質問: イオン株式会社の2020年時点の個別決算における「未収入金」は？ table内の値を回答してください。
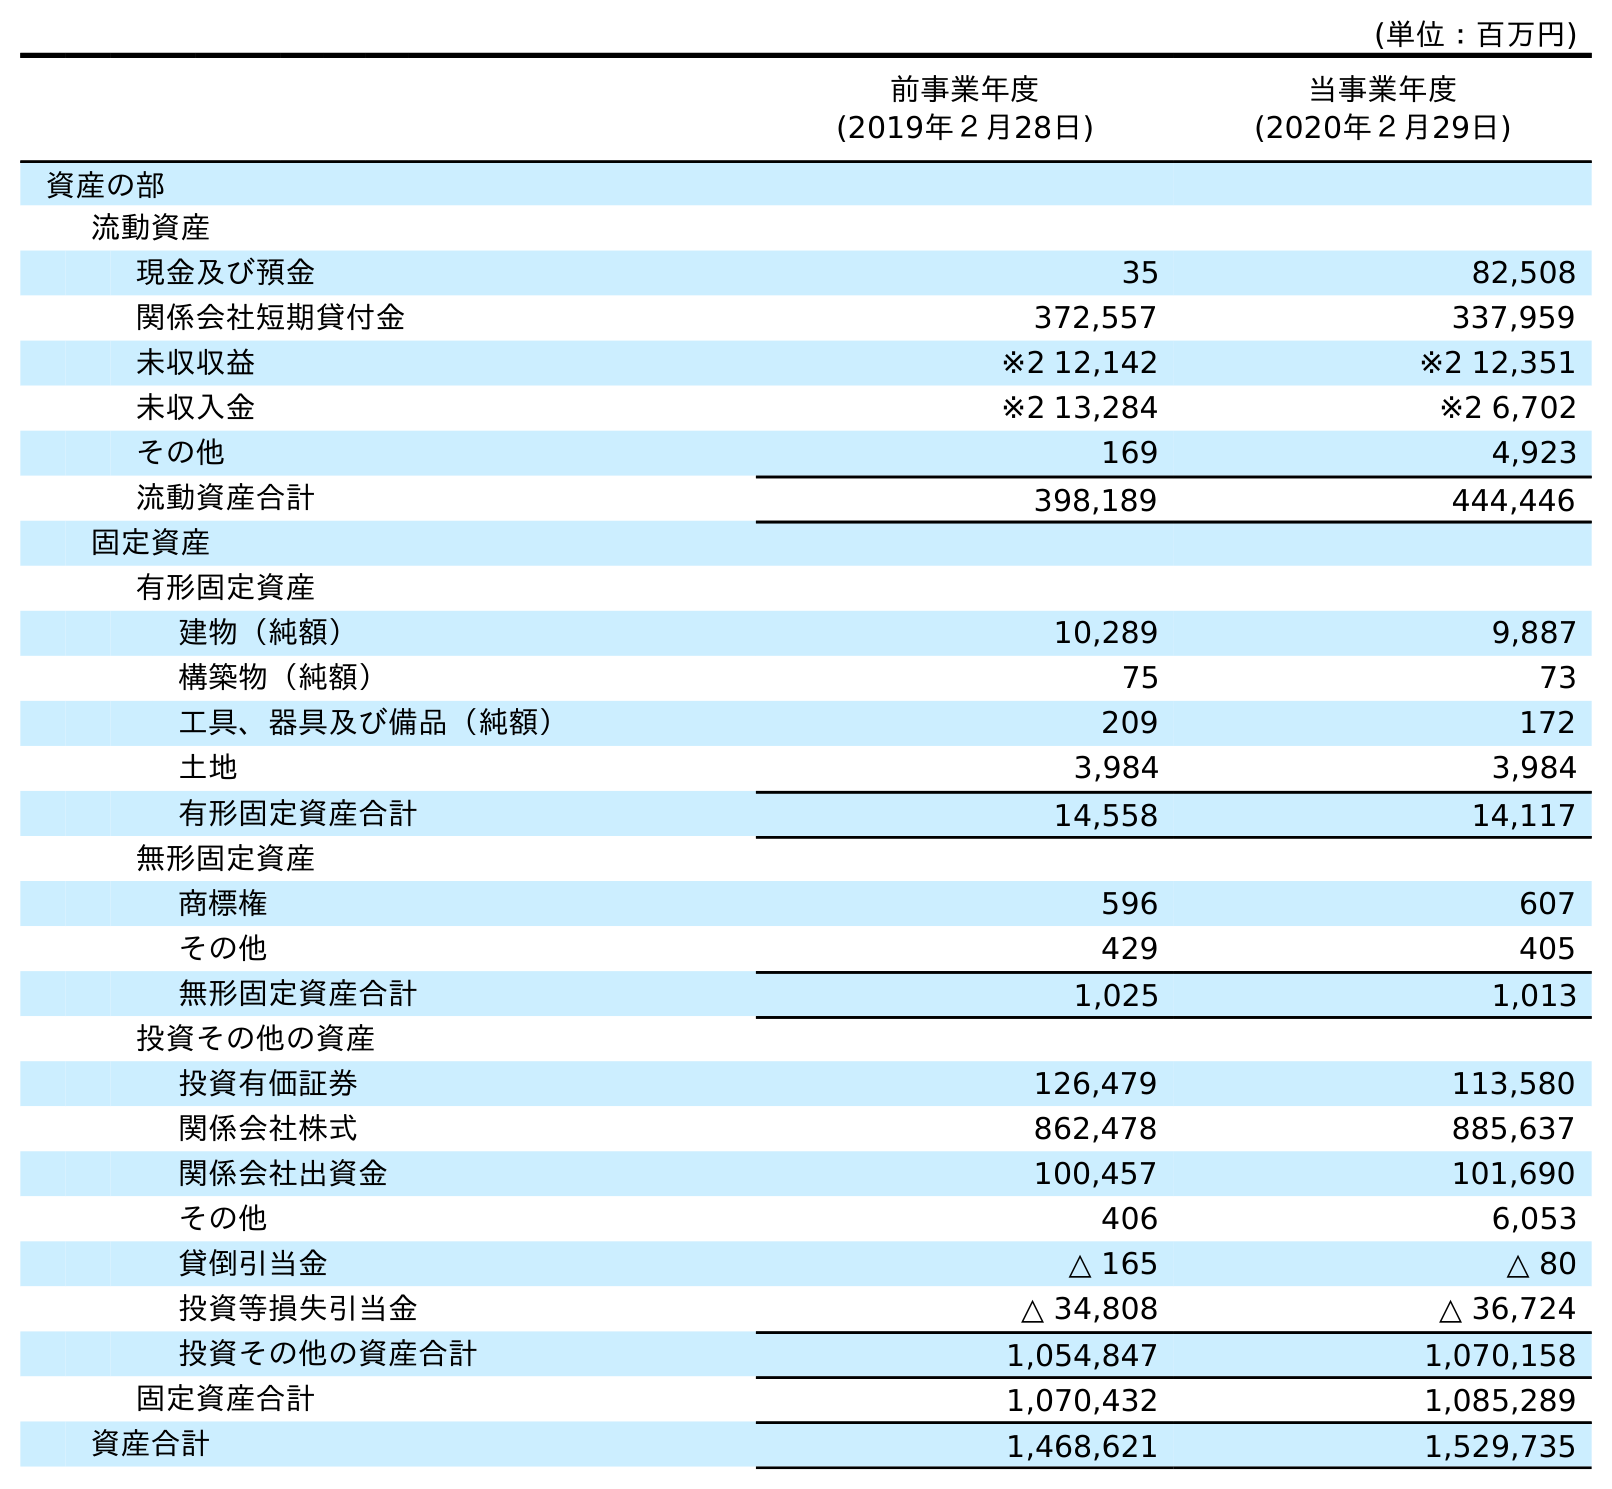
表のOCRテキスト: (単位：百万円) 前事業年度 (2019年２月28日) 当事業年度 (2020年２月29日) 資産の部 流動資産 現金及び預金 35 82,508 関係会社短期貸付金 372,557 337,959 未収収益 ※2 12,142 ※2 12,351 未収入金 ※2 13,284 ※2 6,702 その他 169 4,923 流動資産合計 398,189 444,446 固定資産 有形固定資産 建物（純額） 10,289 9,887 構築物（純額） 75 73 工具、器具及び備品（純額） 209 172 土地 3,984 3,984 有形固定資産合計 14,558 14,117 無形固定資産 商標権 596 607 その他 429 405 無形固定資産合計 1,025 1,013 投資その他の資産 投資有価証券 126,479 113,580 関係会社株式 862,478 885,637 関係会社出資金 100,457 101,690 その他 406 6,053 貸倒引当金 △ 165 △ 80 投資等損失引当金 △ 34,808 △ 36,724 投資その他の資産合計 1,054,847 1,070,158 固定資産合計 1,070,432 1,085,289 資産合計 1,468,621 1,529,735
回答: ※26,702